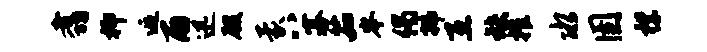
翥抑逅雨迅殷蒙八寡茹岑偈拂互缺摧水圉襟